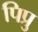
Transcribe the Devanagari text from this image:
पिप्रु